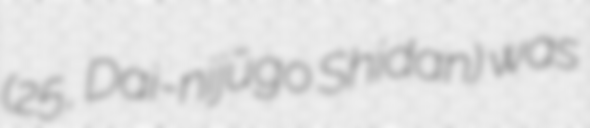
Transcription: (第25師団, Dai-nijūgo Shidan) was